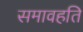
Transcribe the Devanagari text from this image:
समावहति